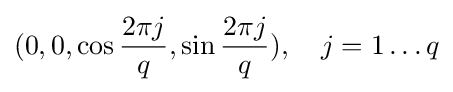
(0,0,\cos {\frac {2\pi j}{q}},\sin {\frac {2\pi j}{q}}),\quad j=1\dots q